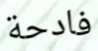
فادحة